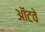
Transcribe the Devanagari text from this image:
ऑटवे